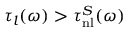
\tau _ { l } ( \omega ) > \tau _ { \mathrm { n l } } ^ { S } ( \omega )